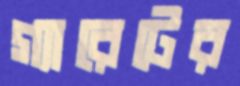
গ্যারেটের